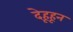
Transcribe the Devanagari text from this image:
देहूहून